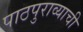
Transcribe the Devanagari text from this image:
पाठपुराव्याची